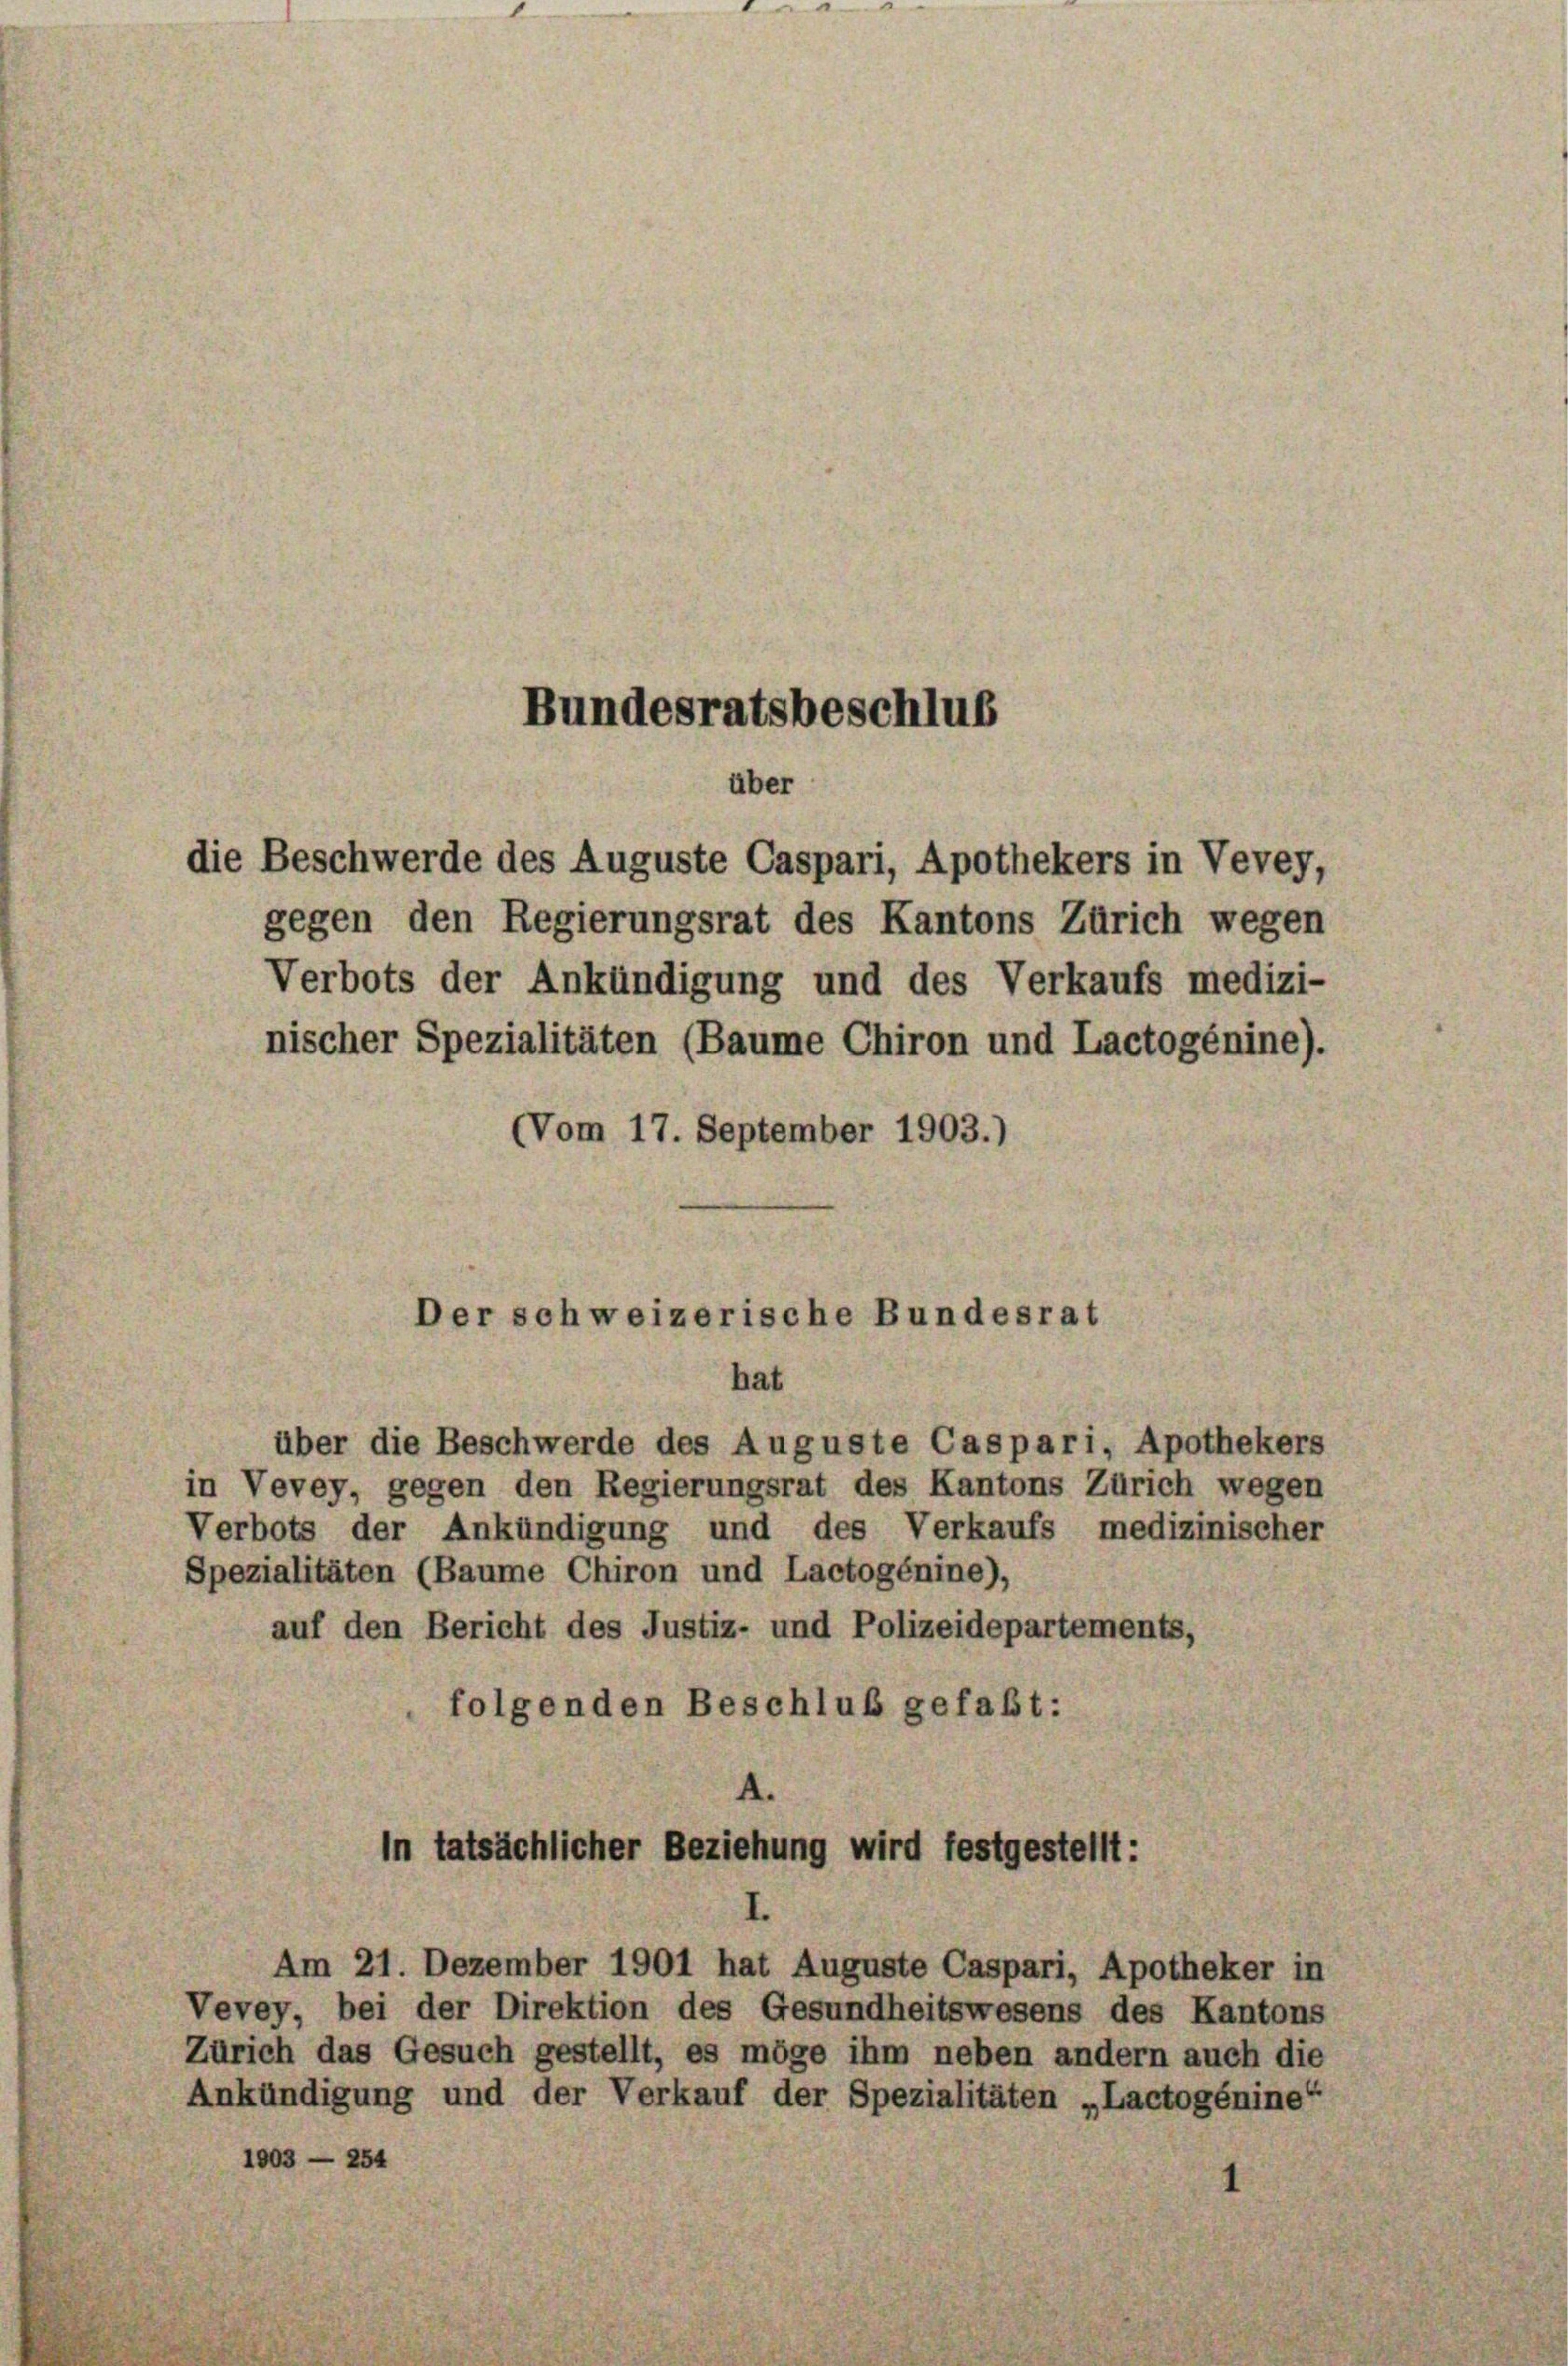
Bundesratsbeschlus
über
die Beschwerde des Auguste Caspari, Apothekers in Vevey,
gegen den Regierungsrat des Kantons Zürich wegen

über die Beschwerde des Auguste Caspari, Apothekers
in Vevey, gegen den Regierungsrat des Kantons Zürich wegen
Verbots der Ankündigung und des Verkaufs medizinischer
Spezialitäten (Baume Chiron und Lactogénine),
auf den Bericht des Justiz- und Polizeidepartements,
folgenden Beschluß gefaßt:

1003 — 8

(Vom 17. September 1903.)

254

Verbots der Ankündigung und des Verkaufs medizi-
nischer Spezialitäten (Baume Chiron und Lactogénine).

Der schweizerische Bundesrat
hat

.
in tatsächlicher Beziehung wird festgestellt:

Am 21. Dezember 1901 hat Auguste Caspari, Apotheker in
Vevey, bei der Direktion des Gesundheitswesens des Kantons
Zürich das Gesuch gestellt, es möge ihm neben andern auch die
Ankündigung und der Verkauf der Spezialitäten „Lactogénine“